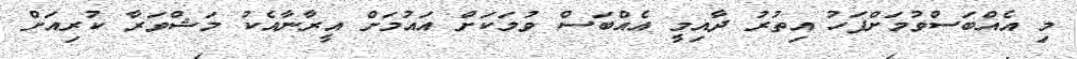
މި އެއްބަސްވުމަށްފަހު އިތުރު ދާއިމީ އެއްބަސް ވުމަކަށް އައުމަށް އީރާނާއެކު މަޝްވަރާ ކުރިއަށް